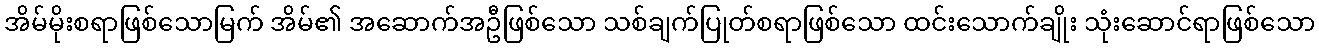
အိမ်မိုးစရာဖြစ်သောမြက် အိမ်၏ အဆောက်အဦဖြစ်သော သစ်ချက်ပြုတ်စရာဖြစ်သော ထင်းသောက်ချိုး သုံးဆောင်ရာဖြစ်သော